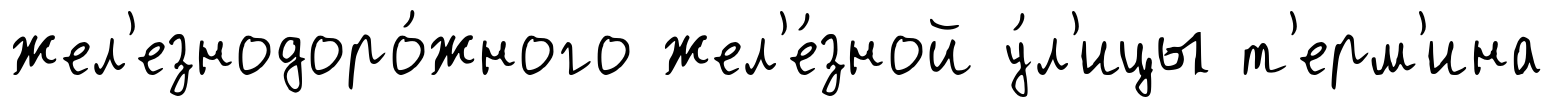
жел'езнодоро́жного жел'е́зной у́л'ицы т'ерм'ина